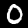
Digit: 0